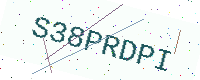
Text: S38PRDPI